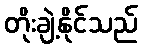
တိုးချဲ့နိုင်သည်